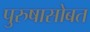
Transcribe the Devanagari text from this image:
पुरुषासोबत